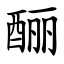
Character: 酾